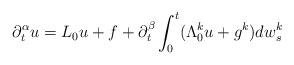
LaTeX: \begin{align*}\partial_{t}^{\alpha}u=L_0u+f+\partial_{t}^{\beta}\int_{0}^{t} (\Lambda^k_0 u+g^{k})dw_{s}^{k}\end{align*}